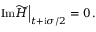
\left. \mathrm { I m } \widetilde { H } \right| _ { t + \mathrm { i } \sigma / 2 } = 0 \, .